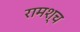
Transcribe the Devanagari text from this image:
रामश्च